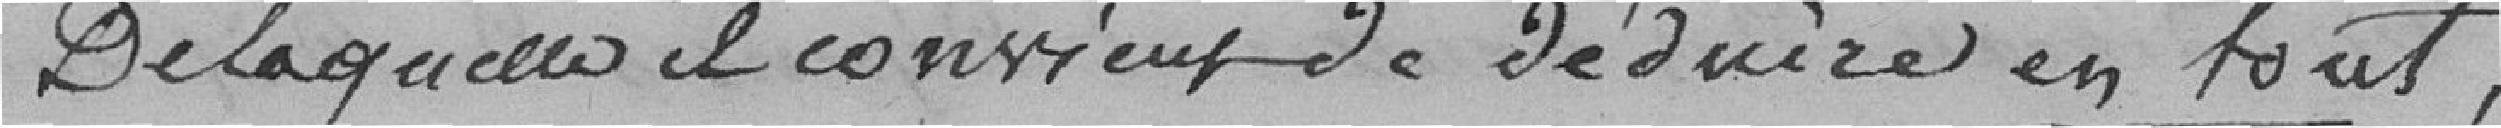
De laquelle il convient de déduire en tout